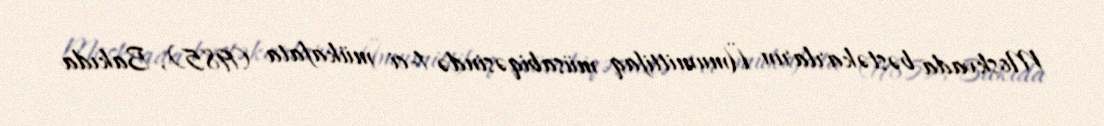
Moskvada bəstəkarların Ümumittifaq müsabiqəsində 1-ci mükafata (1985), Bakıda